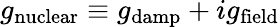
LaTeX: g_{\mathrm{nuclear}}\equiv g_{\mathrm{damp}}+ig_{\mathrm{field}}